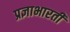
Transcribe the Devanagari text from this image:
प्रज्ञाभारती